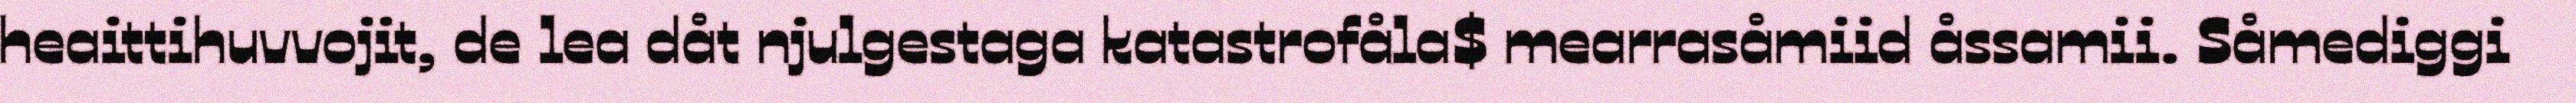
heaittihuvvojit, de lea dåt njulgestaga katastrofåla$ mearrasåmiid åssamii. Såmediggi